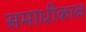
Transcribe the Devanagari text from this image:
समाधीकाळ